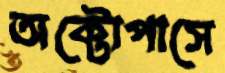
অক্টোপাসে